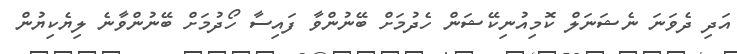
އަދި ދެވަނަ ނެޝަނަލް ކޮމިއުނިކޭޝަން ހެދުމަށް ބޭނުންވާ ފައިސާ ހޯދުމަށް ބޭނުންވާނެ ލިޔެކިޔުން